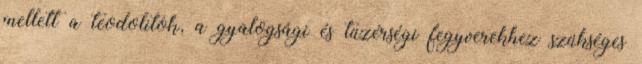
mellett a teodolitok, a gyalogsági és tüzérségi fegyverekhez szükséges